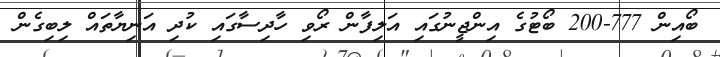
ބޯއިން 777-200 ބޯޓުގެ އިންޖީނުގައި އަލިފާން ރޯވި ހާދިސާގައި ކުދި އަނިޔާތައް ލިބިގެން